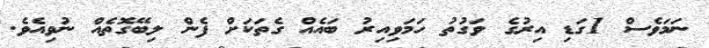
ނަމަވެސް 1ގަޑި އިރުގެ ވަގުތު ހަމަވިއިރު ބައެއް ގެތަކަށް ފެން ލިބޭގޮތެއް ނުވިއެވެ.